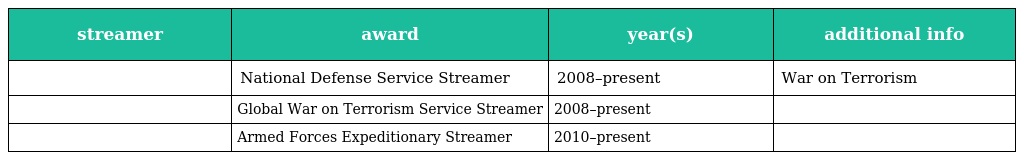
| streamer | award | year(s) | additional info |
 | --- | --- | --- | --- |
 |  | National Defense Service Streamer | 2008–present | War on Terrorism |
 |  | Global War on Terrorism Service Streamer | 2008–present |  |
 |  | Armed Forces Expeditionary Streamer | 2010–present |  |